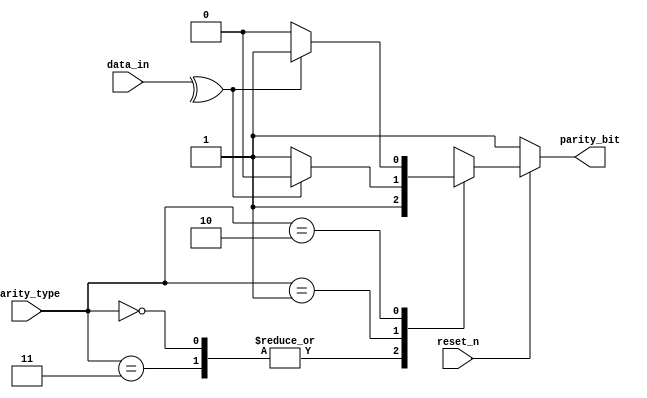
`timescale 1ns / 1ps
//////////////////////////////////////////////////////////////////////////////////
// Company: 
// Engineer: 
// 
// Design Name: 
// Module Name: Parity_gen
// Project Name: 
// Target Devices: 
// Tool Versions: 
// Description: 
// 
// Dependencies: 
// 
// Revision:
// Revision 0.01 - File Created
// Additional Comments:
// 
//////////////////////////////////////////////////////////////////////////////////


module Parity_gen(reset_n,data_in,parity_type,parity_bit);  
input wire         reset_n;     //  Active low reset.
input wire  [7:0]  data_in;     //  The data input from the InReg unit.
input wire  [1:0]  parity_type; //  Parity type agreed upon by the Tx and Rx units.
output reg         parity_bit;  //  The parity bit output for the frame.


//  Encoding for the parity types
localparam NOPARITY00 = 2'b00,
           ODD        = 2'b01,
           Even       = 2'b10,
           NOPARITY11 = 2'b11;

//  parity logic with Asynch active low reset 
always @(*)
begin
  if (~reset_n) begin
    //  No parity bit
    parity_bit <= 1'b1;
  end
  else
  begin
    case (parity_type)
    NOPARITY00, NOPARITY11:
    begin
      //  No parity bit
      parity_bit <= 1'b1;
    end
    ODD:
    begin
      //  Odd Parity
      parity_bit <= (^data_in)? 1'b0 : 1'b1;
    end
    Even: 
    begin
      //  Even parity
      parity_bit <= (^data_in)? 1'b1 : 1'b0;    
    end
    default:
    begin
      //  No parity
      parity_bit <= 1'b1;
    end  
    endcase
  end
end

endmodule